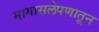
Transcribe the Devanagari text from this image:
मागासलेपणातून